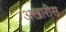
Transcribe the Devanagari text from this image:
अखारीस